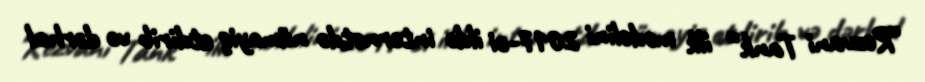
“Rezvani Tank” ilk modelini 2017-ci ildə internetdə nümayiş etdirib və dərhal